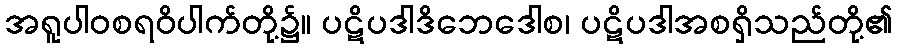
အရူပါဝစရဝိပါက်တို့၌။ ပဋိပဒါဒိဘေဒေါစ၊ ပဋိပဒါအစရှိသည်တို့၏